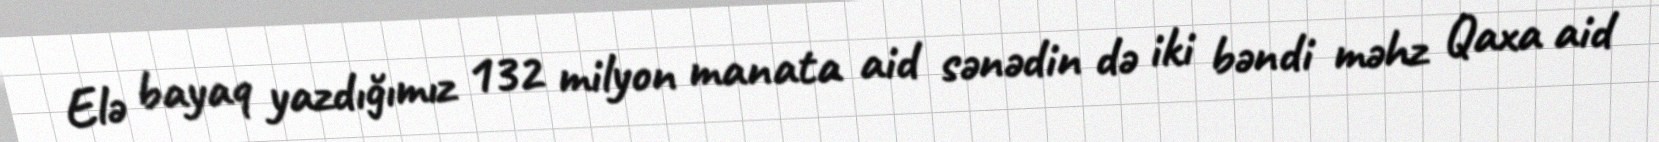
Elə bayaq yazdığımız 132 milyon manata aid sənədin də iki bəndi məhz Qaxa aid